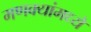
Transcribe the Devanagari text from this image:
मणक्यांमध्ये